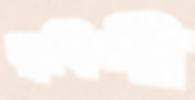
জুবিলী